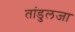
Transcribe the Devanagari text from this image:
तांडुलजा